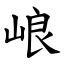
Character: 㟍